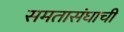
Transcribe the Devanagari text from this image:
समतासंघाची